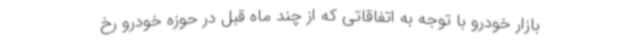
بازار خودرو با توجه به اتفاقاتی که از چند ماه قبل در حوزه خودرو رخ